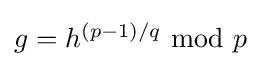
{\textstyle g=h^{(p-1)/q}~{\text{mod}}~p}